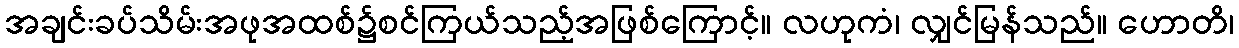
အချင်းခပ်သိမ်းအဖုအထစ်၌စင်ကြယ်သည့်အဖြစ်ကြောင့်။ လဟုကံ၊ လျှင်မြန်သည်။ ဟောတိ၊